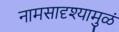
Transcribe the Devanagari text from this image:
नामसादृश्यामुळं